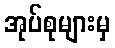
အုပ်စုများမှ